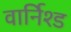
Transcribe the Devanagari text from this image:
वार्निश्ड